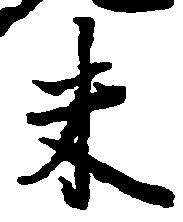
米